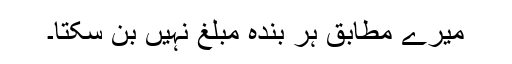
میرے مطابق ہر بندہ مبلغ نہیں بن سکتا۔